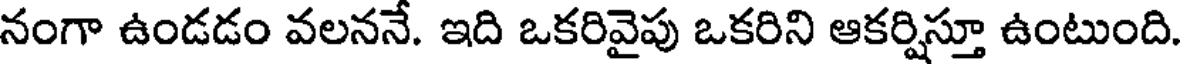
నంగా ఉండడం వలననే. ఇది ఒకరివైపు ఒకరిని ఆకర్షిస్తూ ఉంటుంది.